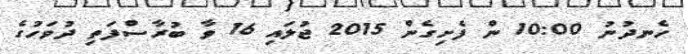
ހެނދުނު 10:00 ން ފެށިގެން 2015 ޖުލައި 16 ވާ ބުރާސްފަތި ދުވަހުގެ